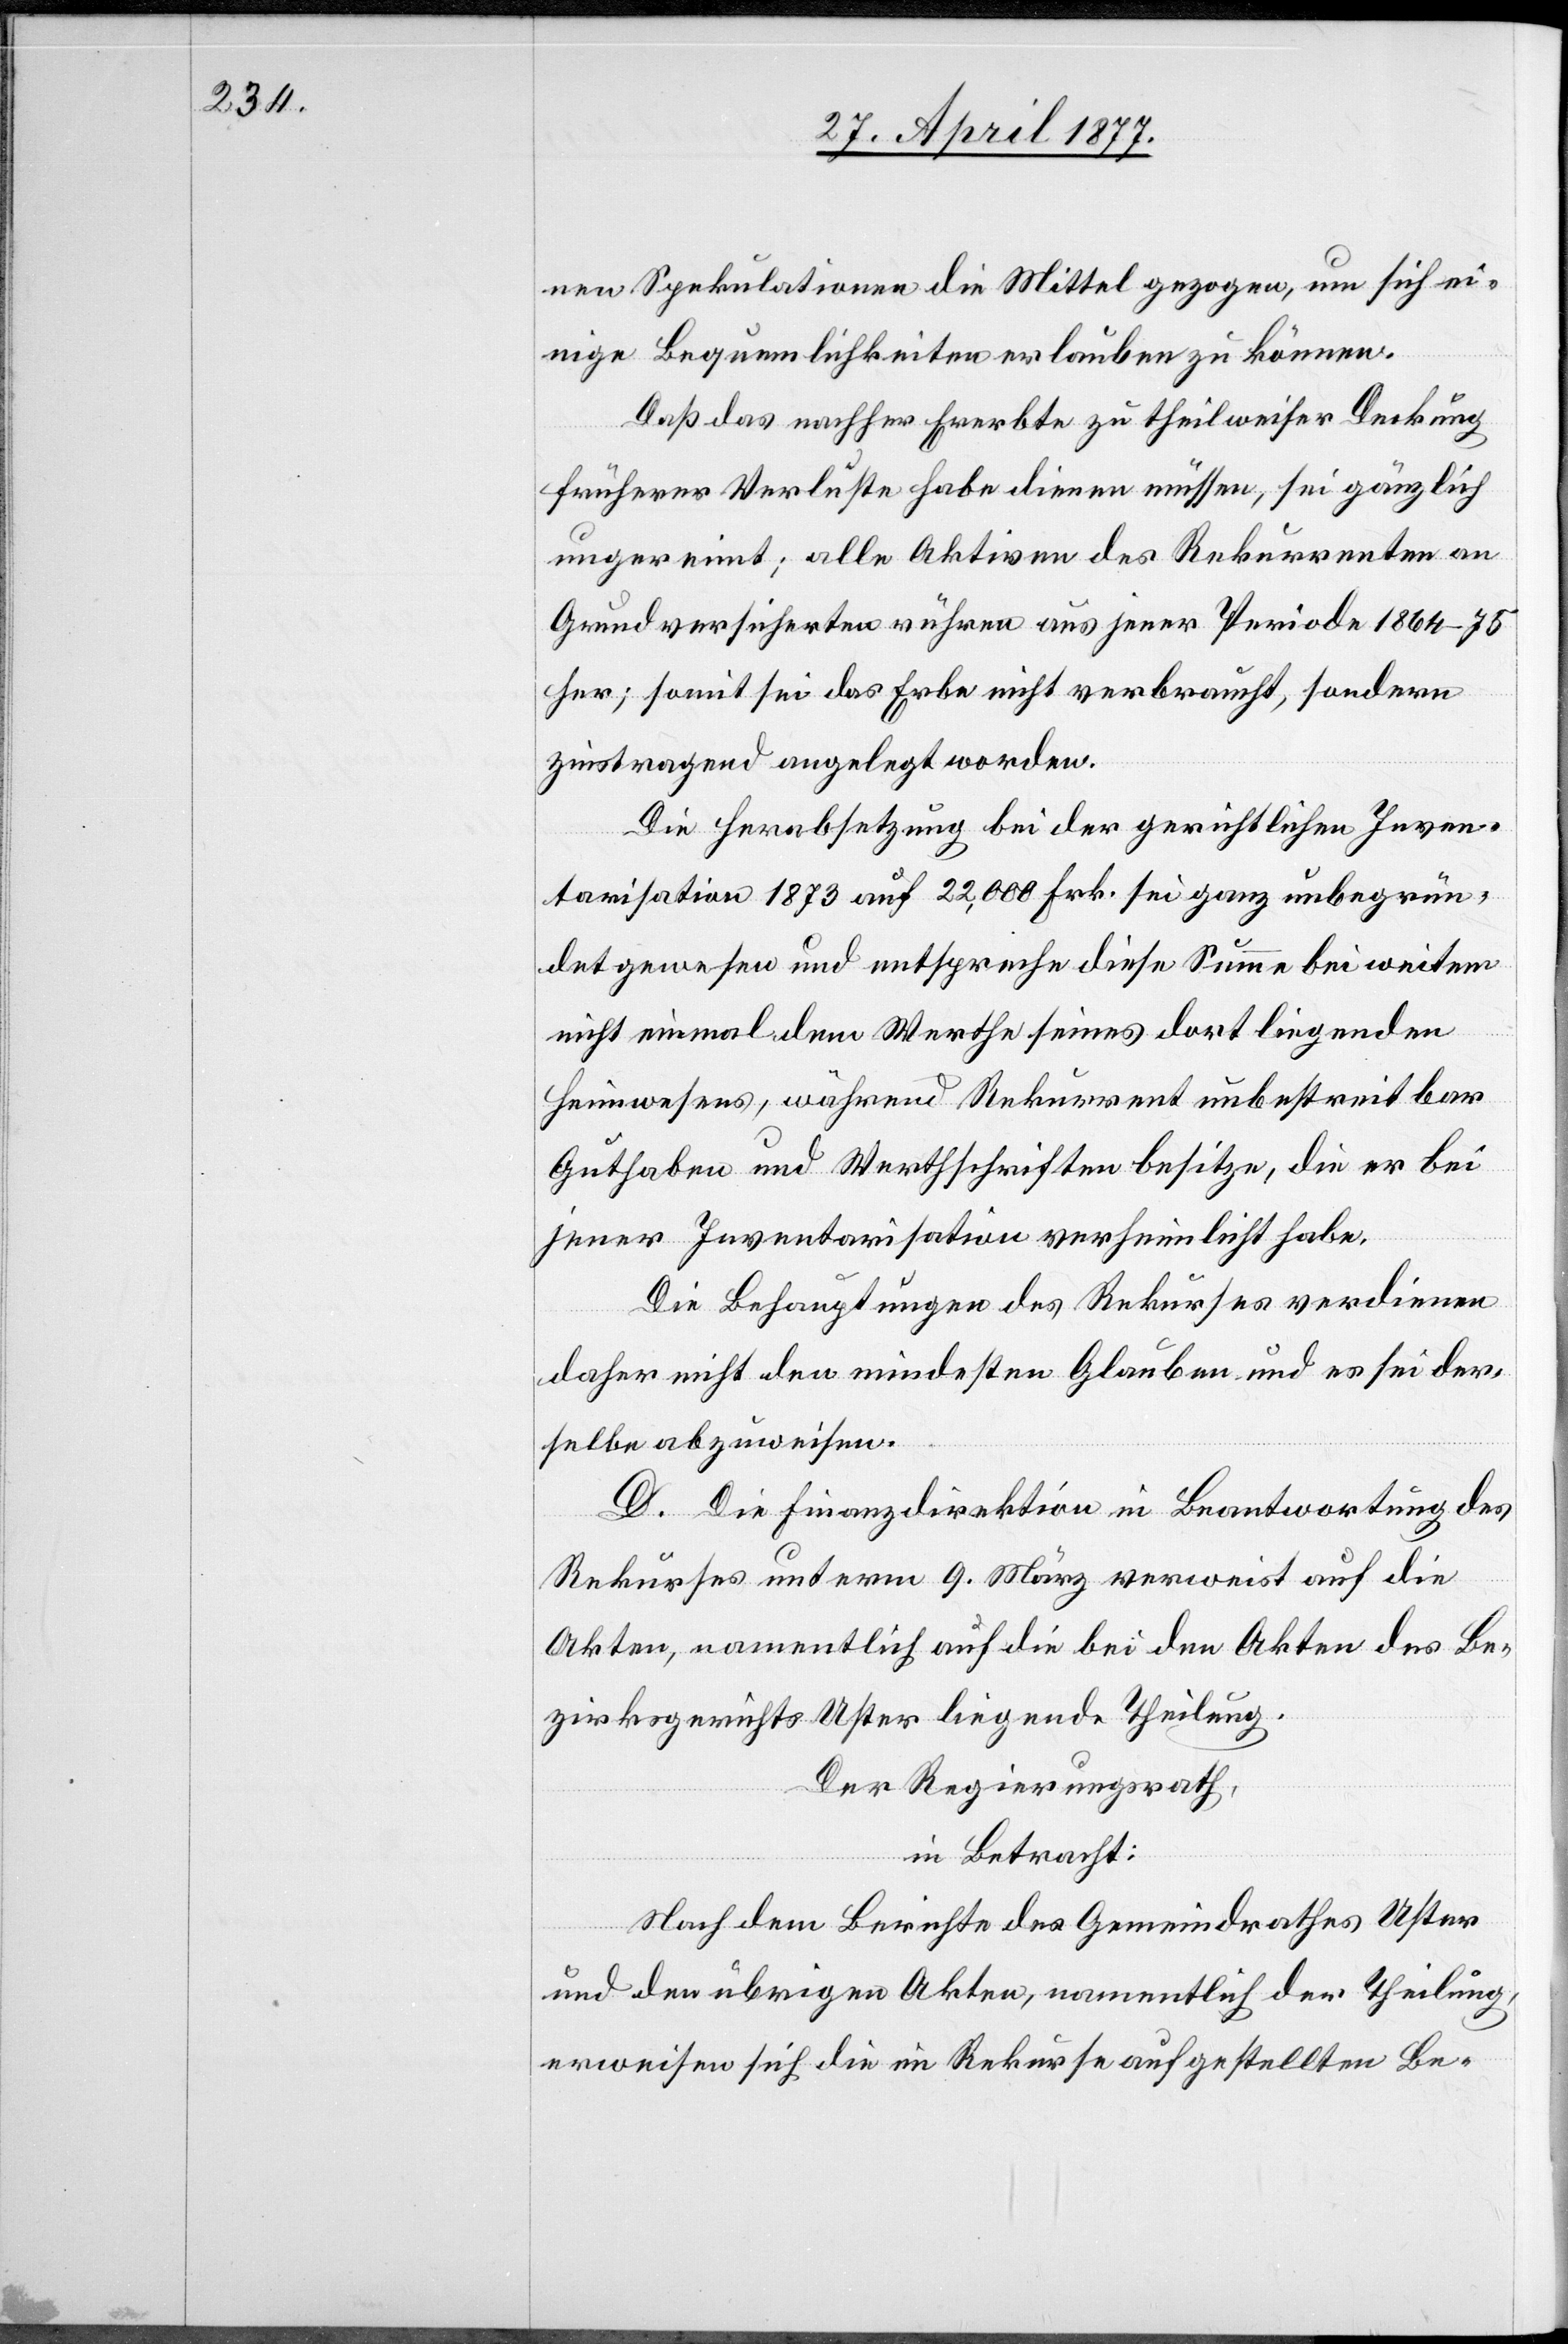
nen Spekulationen die Mittel gezogen, um sich ei¬
nige Bequemlichkeiten erlauben zu können.
Daß das nachher Ererbte zu theilweiser Deckung
früherer Verluste habe dienen müssen, sei gänzlich
ungereimt; alle Aktiven des Rekurrenten an
Grundversicherten rühre aus jener Periode 1864–75
her; somit sei das Erbe nicht verbraucht, sondern
zinstragend angelegt worden.
Die Herabsetzung bei der gerichtlichen Inven¬
tarisation 1873 auf 22,000 Frk. sei ganz unbegrün¬
det gewesen und entspreche diese Summe bei weitem
nicht einmal dem Werthe seines dort liegenden
Heimwesens, während Rekurrent unbestreitbar
Guthaben und Werthschriften besitze, die er bei
jener Inventarisation verheimlicht habe.
Die Behauptungen des Rekurses verdienen
daher nicht den mindesten Glauben und es sei der¬
selbe abzuweisen.
D. Die Finanzdirektion in Beantwortung des
Rekurses unterm 9. März verweist auf die
Akten, namentlich auf die bei den Akten des Be¬
zirksgerichts Uster liegende Theilung.
Der Regierungsrath,
in Betracht:
Nach dem Berichte des Gemeindrathes Uster
und den übrigen Akten, namentlich der Theilung,
erweisen sich die im Rekurse aufgestellten Be-